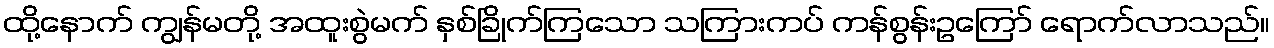
ထို့နောက် ကျွန်မတို့ အထူးစွဲမက် နှစ်ခြိုက်ကြသော သကြားကပ် ကန်စွန်းဥကြော် ရောက်လာသည်။